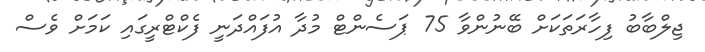
ޖިލްބާބު ފިހާރަތަކަށް ބޭނުންވާ 75 ޕަސެންޓް މުދާ އުފައްދަނީ ފެކްޓްރީގައި ކަމަށް ވެސް